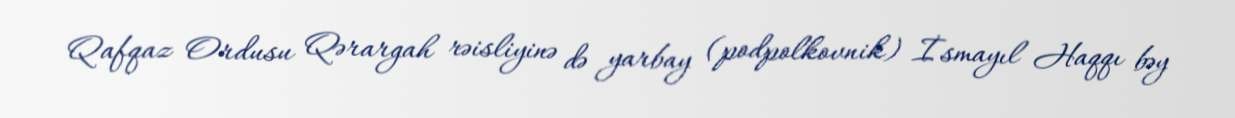
Qafqaz Ordusu Qərargah rəisliyinə də yarbay (podpolkovnik) İsmayıl Haqqı bəy